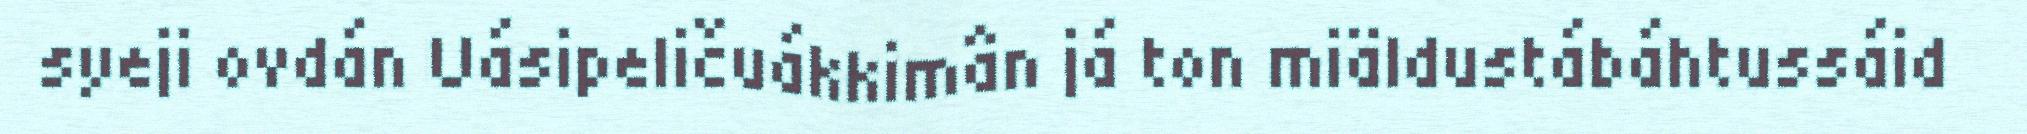
syeji ovdán Uásipeličuákkimân já ton miäldustábáhtussáid